Report of the veterinary officer investigating camel disease
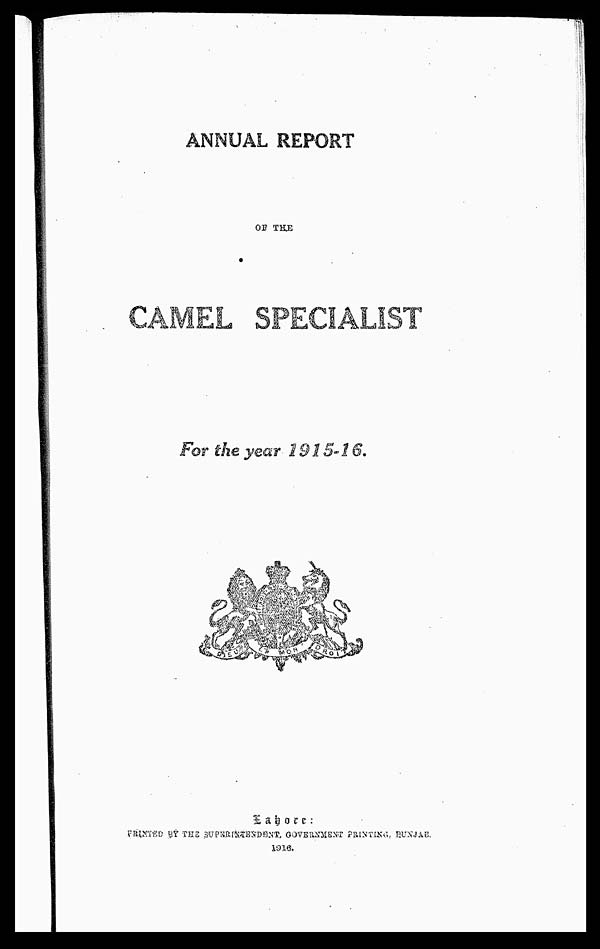
ANNUAL REPORT
OF THE
CAMEL SPECIALIST
For the year 1915-16.
Lahore :
PRINTED BY THE SUPRINTENDENT GOVERNMENT PRINTING, PUNJA
1916.